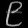
Digit: ၉